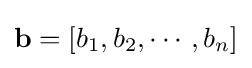
\mathbf {b} =[b_{1},b_{2},\cdots ,b_{n}]